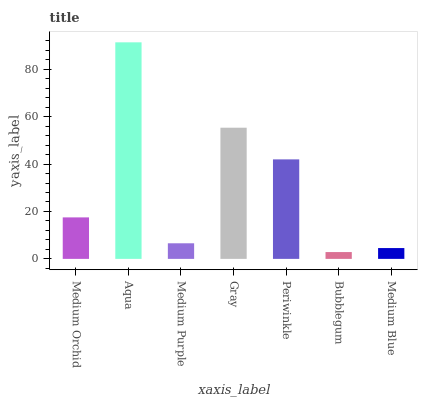
| xaxis_label | bars |
 | --- | --- |
 | Medium Orchid | 17.5 |
 | Aqua | 91.4 |
 | Medium Purple | 6.58 |
 | Gray | 55.3 |
 | Periwinkle | 42 |
 | Bubblegum | 2.88 |
 | Medium Blue | 4.57 |